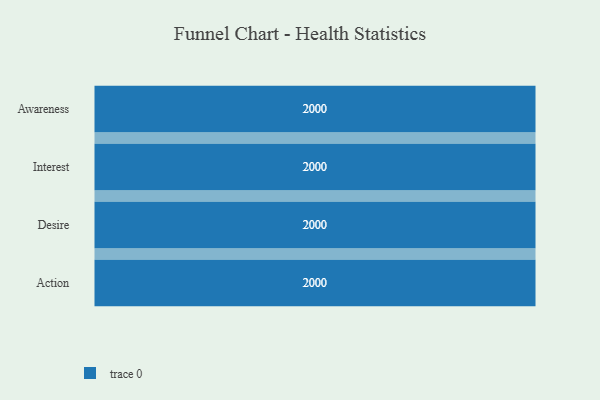
{"axis": {"x": "Stage", "y": "Value"}, "legend": [""], "data": [{"x": "Awareness", "y": 2000, "type": ""}, {"x": "Interest", "y": 2000, "type": ""}, {"x": "Desire", "y": 2000, "type": ""}, {"x": "Action", "y": 2000, "type": ""}]}